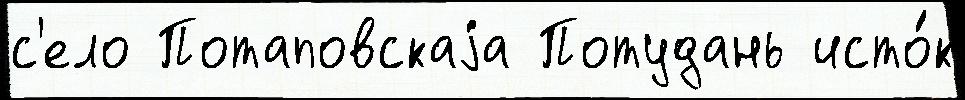
с'ело Потаповскаjа Потудань исто́к